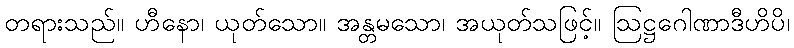
တရားသည်။ ဟီနော၊ ယုတ်သော။ အန္တမသော၊ အယုတ်သဖြင့်။ ဩဋ္ဌဂေါဏာဒီဟိပိ၊